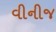
વીનીજ